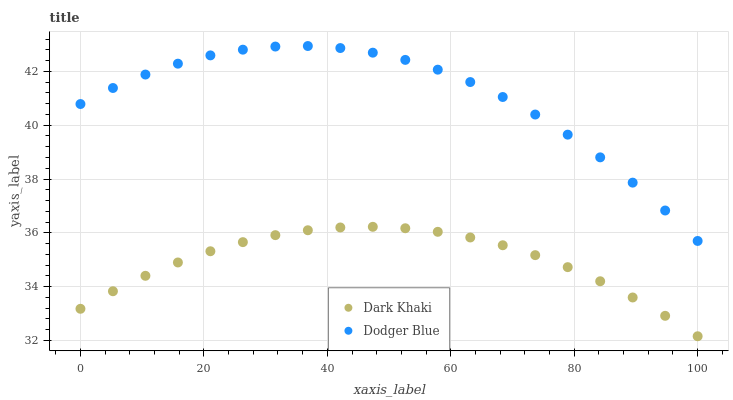
| xaxis_label | Dark Khaki | Dodger Blue |
 | --- | --- | --- |
 | 0 | 33.2 | 40.8 |
 | 5.26 | 33.8 | 41.4 |
 | 10.5 | 34.4 | 41.9 |
 | 15.8 | 34.9 | 42.3 |
 | 21.1 | 35.3 | 42.6 |
 | 26.3 | 35.7 | 42.8 |
 | 31.6 | 35.9 | 42.9 |
 | 36.8 | 36.1 | 42.9 |
 | 42.1 | 36.2 | 42.9 |
 | 47.4 | 36.2 | 42.7 |
 | 52.6 | 36.2 | 42.4 |
 | 57.9 | 36 | 42.1 |
 | 63.2 | 35.8 | 41.6 |
 | 68.4 | 35.5 | 41 |
 | 73.7 | 35.2 | 40.4 |
 | 78.9 | 34.7 | 39.6 |
 | 84.2 | 34.2 | 38.8 |
 | 89.5 | 33.6 | 37.9 |
 | 94.7 | 32.9 | 36.8 |
 | 100 | 32.2 | 35.7 |